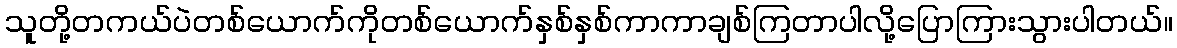
သူတို့တကယ်ပဲတစ်ယောက်ကိုတစ်ယောက်နှစ်နှစ်ကာကာချစ်ကြတာပါလို့ပြောကြားသွားပါတယ်။